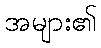
အများ၏